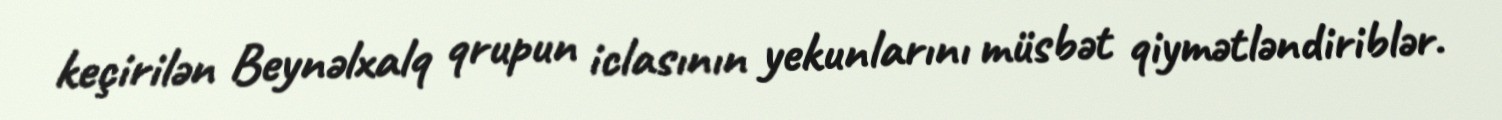
keçirilən Beynəlxalq qrupun iclasının yekunlarını müsbət qiymətləndiriblər.